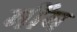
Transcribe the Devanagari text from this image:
मींय